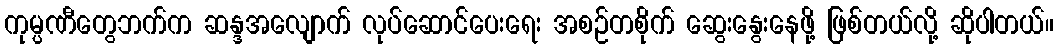
ကုမ္ပဏီတွေဘက်က ဆန္ဒအလျောက် လုပ်ဆောင်ပေးရေး အစဉ်တစိုက် ဆွေးနွေးနေဖို့ ဖြစ်တယ်လို့ ဆိုပါတယ်။